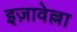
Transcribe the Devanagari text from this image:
इज़ावेल्ला